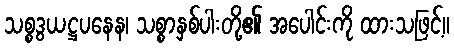
သစ္စဒွယဋ္ဌပနေန၊ သစ္စာနှစ်ပါးတို့၏ အပေါင်းကို ထားသဖြင့်။